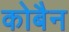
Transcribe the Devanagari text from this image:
कोबैन